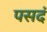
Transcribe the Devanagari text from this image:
पसदं